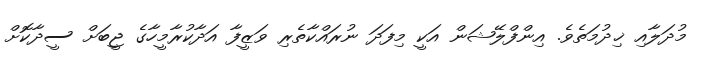
މުދަލާއި ޚިދުމަތެވެ. އިންފްލޭޝަން އަކީ މިފަދަ ނުރައްކާތެރި ވަޒީފާ އަދާކުރާމީހާގެ ޖީބަށް ސީދާކޮށް